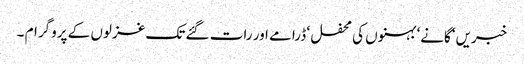
خبریں‘ گانے‘ بہنوں کی محفل ‘ ڈرامے اور رات گئے تک غزلوں کے پروگرام ۔